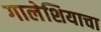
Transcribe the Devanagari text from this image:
गालेशियाचा